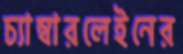
চ্যাম্বারলেইনের